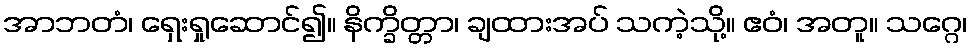
အာဘတံ၊ ရှေးရှုဆောင်၍။ နိက္ခိတ္တာ၊ ချထားအပ် သကဲ့သို့။ ဧဝံ၊ အတူ။ သဂ္ဂေ၊